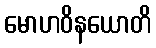
မောဟဝိနယောတိ